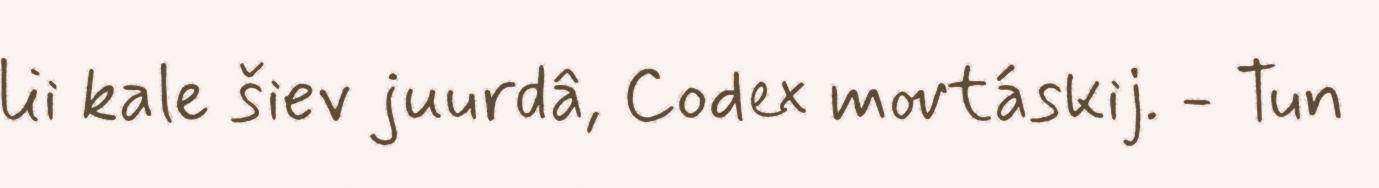
lii kale šiev juurdâ, Codex movtáskij. - Tun